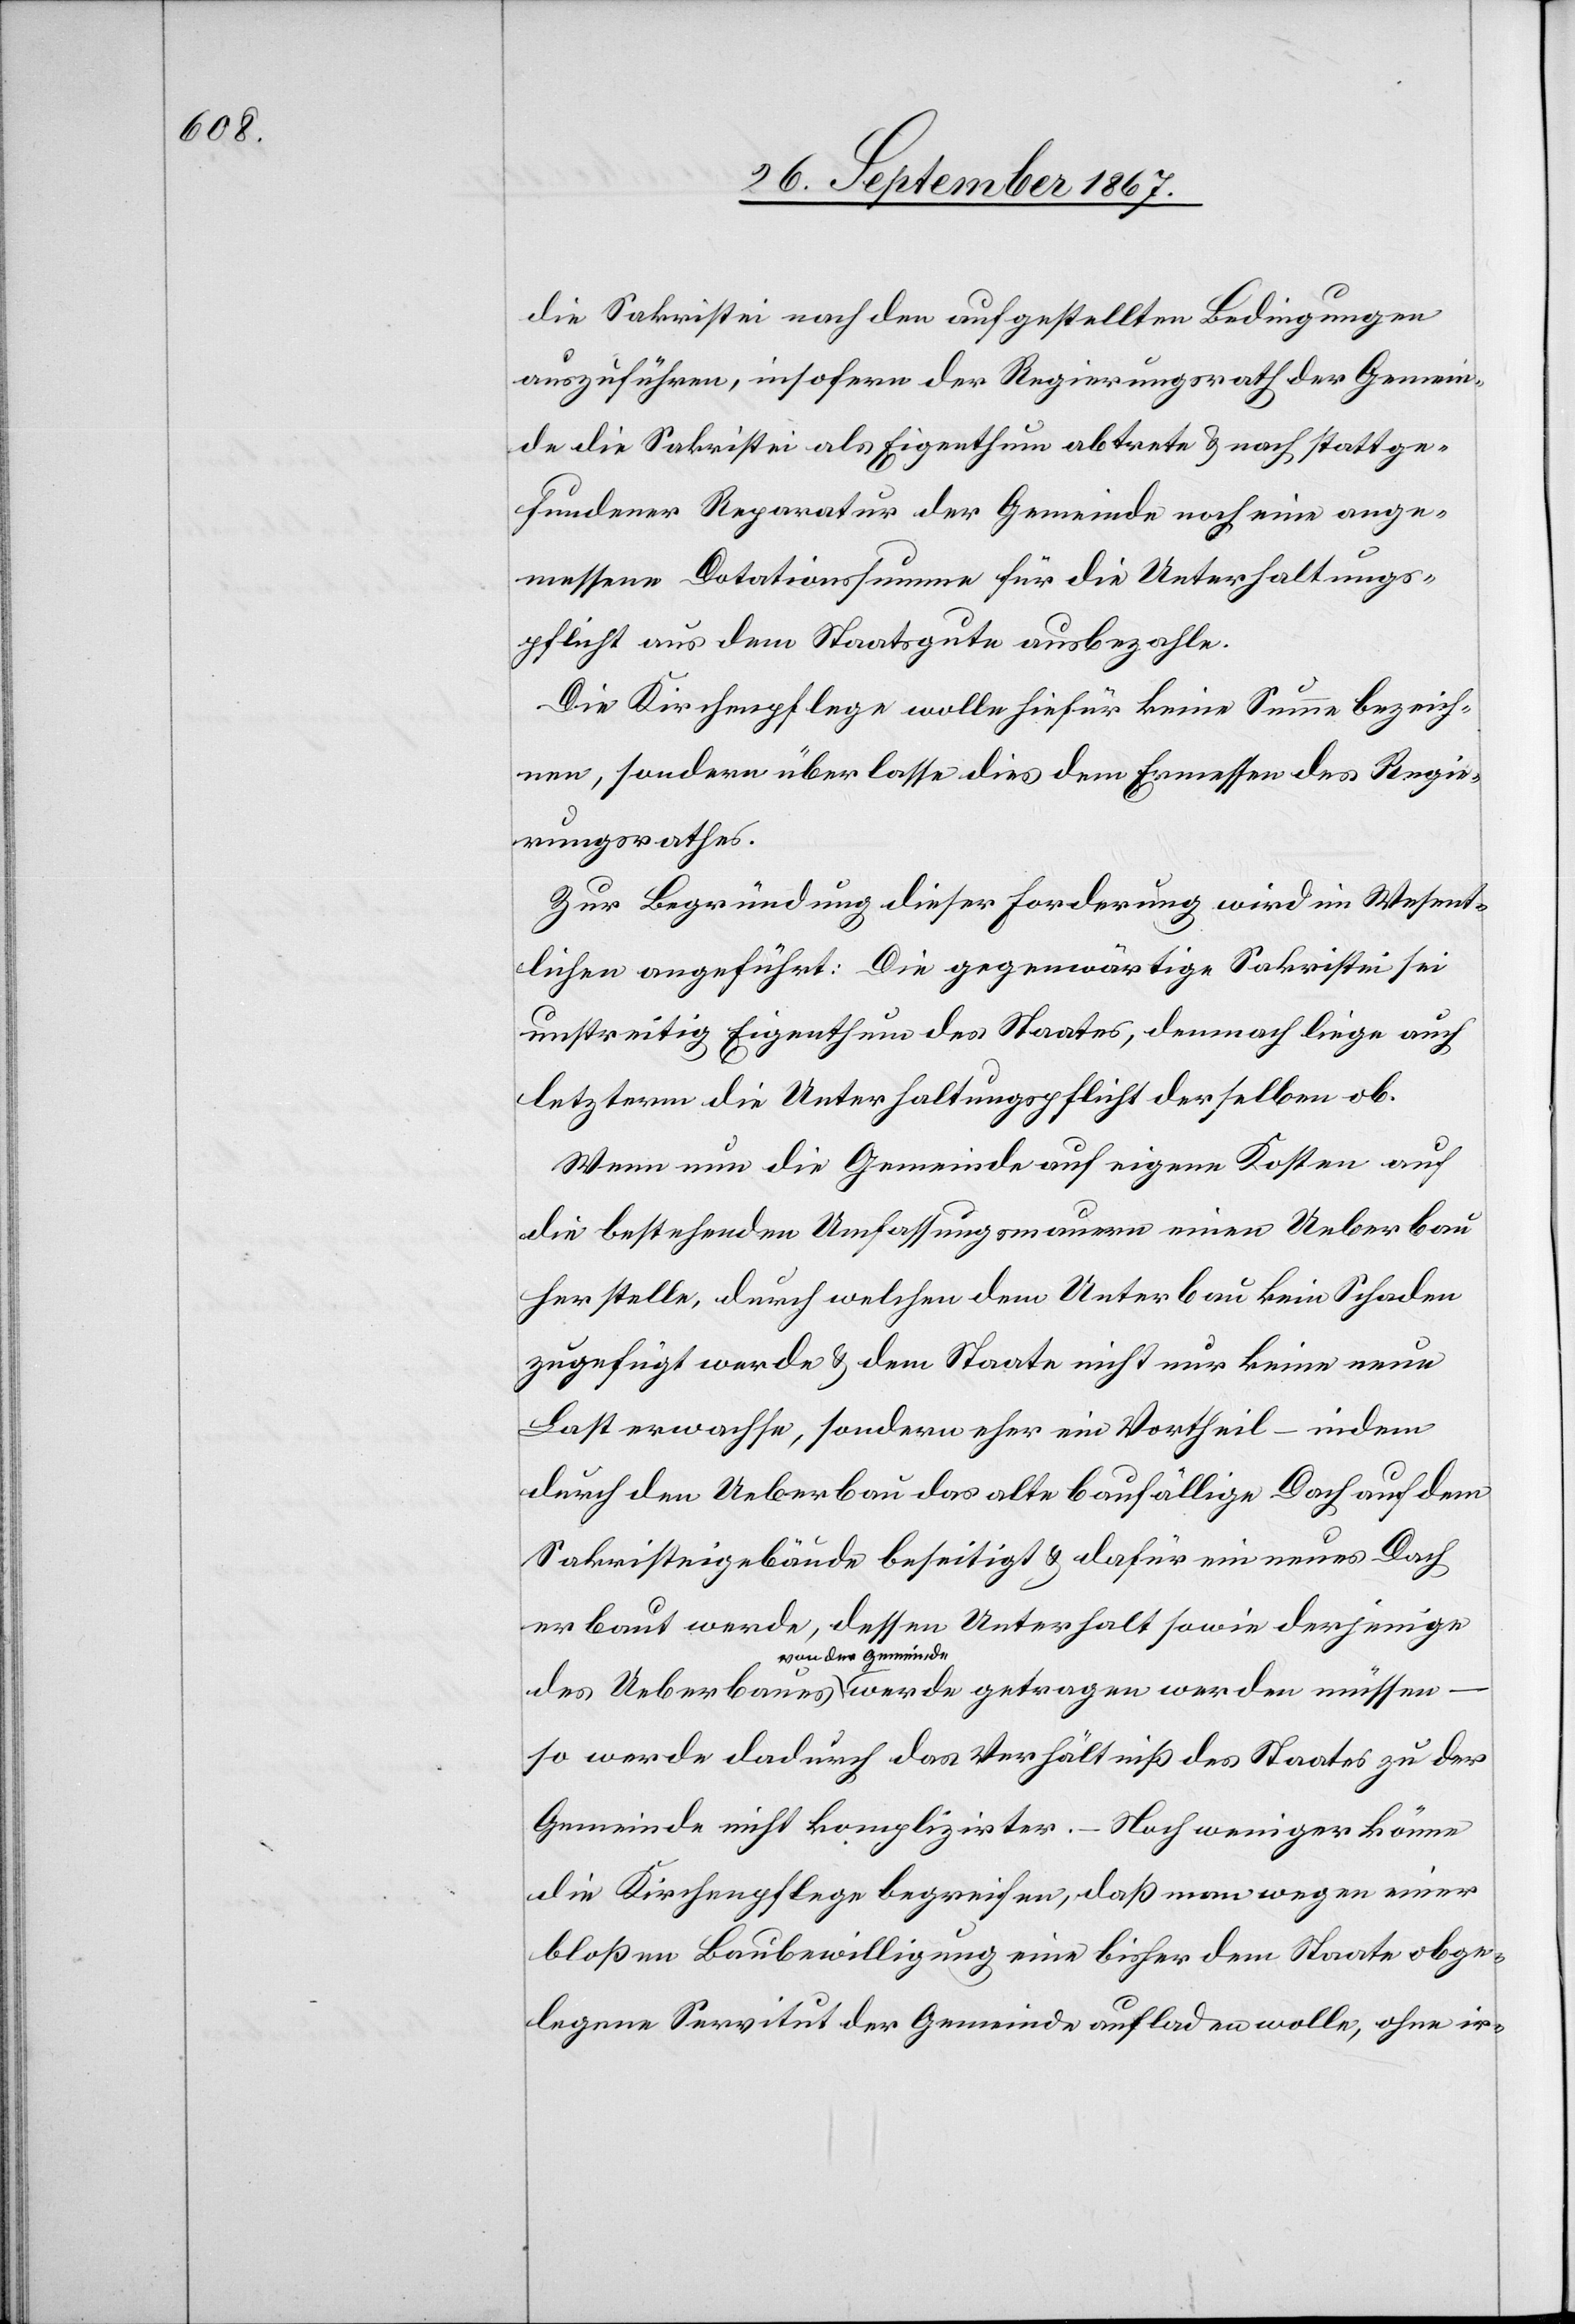
ange¬

die Sakristei nach den aufgestellten Bedingungen
auszuführen, insofern der Regierungsrath der Gemein¬
de die Sakristei als Eigenthum u. nach stattgefundener Reparatur der
messene Dotationssumme für die Unterhaltungs¬
pflicht aus dem Staatsgute ausbezahle.
Die Kirchenpflege wolle hiefür keine Summe bezeich¬
nen, sondern überlasse dies dem Ermessen des Regie¬
rungsrathes,
Zur Begründung dieser Forderung wird im Wesent¬
lichen angeführt: Die gegenwärtige Sakristei sei
unstreitig Eigenthum des Staates, demnach liege auch
letzterm die Unterhaltungspflicht derselben ob.
Wenn nun die Gemeinde auf eigenen Kosten auf
die bestehenden Umfassungsmauern einen Ueberbau
herstelle, durch welchen dem Unterbau kein Schaden
zugeführt werde u. dem Staate nicht nur keine neue
Last erwachse, sondern eher ein Vortheil – indem
durch den Ueberbau das alte baufällige Dach auf dem
Sakristeigebäude beseitigt u. dafür ein neues Dach
erbaut werde, dessen Unterhalt sowie derjenige
von der Gemeinde
so werde dadurch das Verhältniß des Staates zu der
Gemeinde nicht komplizirter.
Noch weniger könne
die Kirchenpflege begreifen, daß man wegen einer
bloßen Baubewilligung eine bisher dem Staate obge¬
legene Servitut der Gemeinde aufladen wolle, ohne ir-